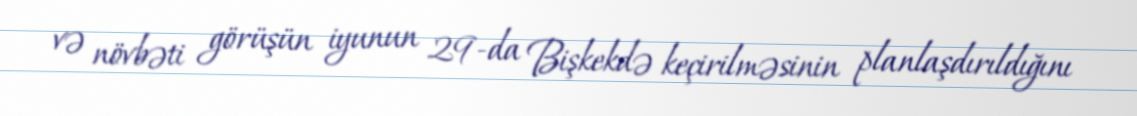
və növbəti görüşün iyunun 29-da Bişkekdə keçirilməsinin planlaşdırıldığını